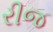
રીજ